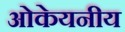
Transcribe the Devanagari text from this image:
ओकेयनीय